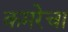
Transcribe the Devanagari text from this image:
कमरेचा